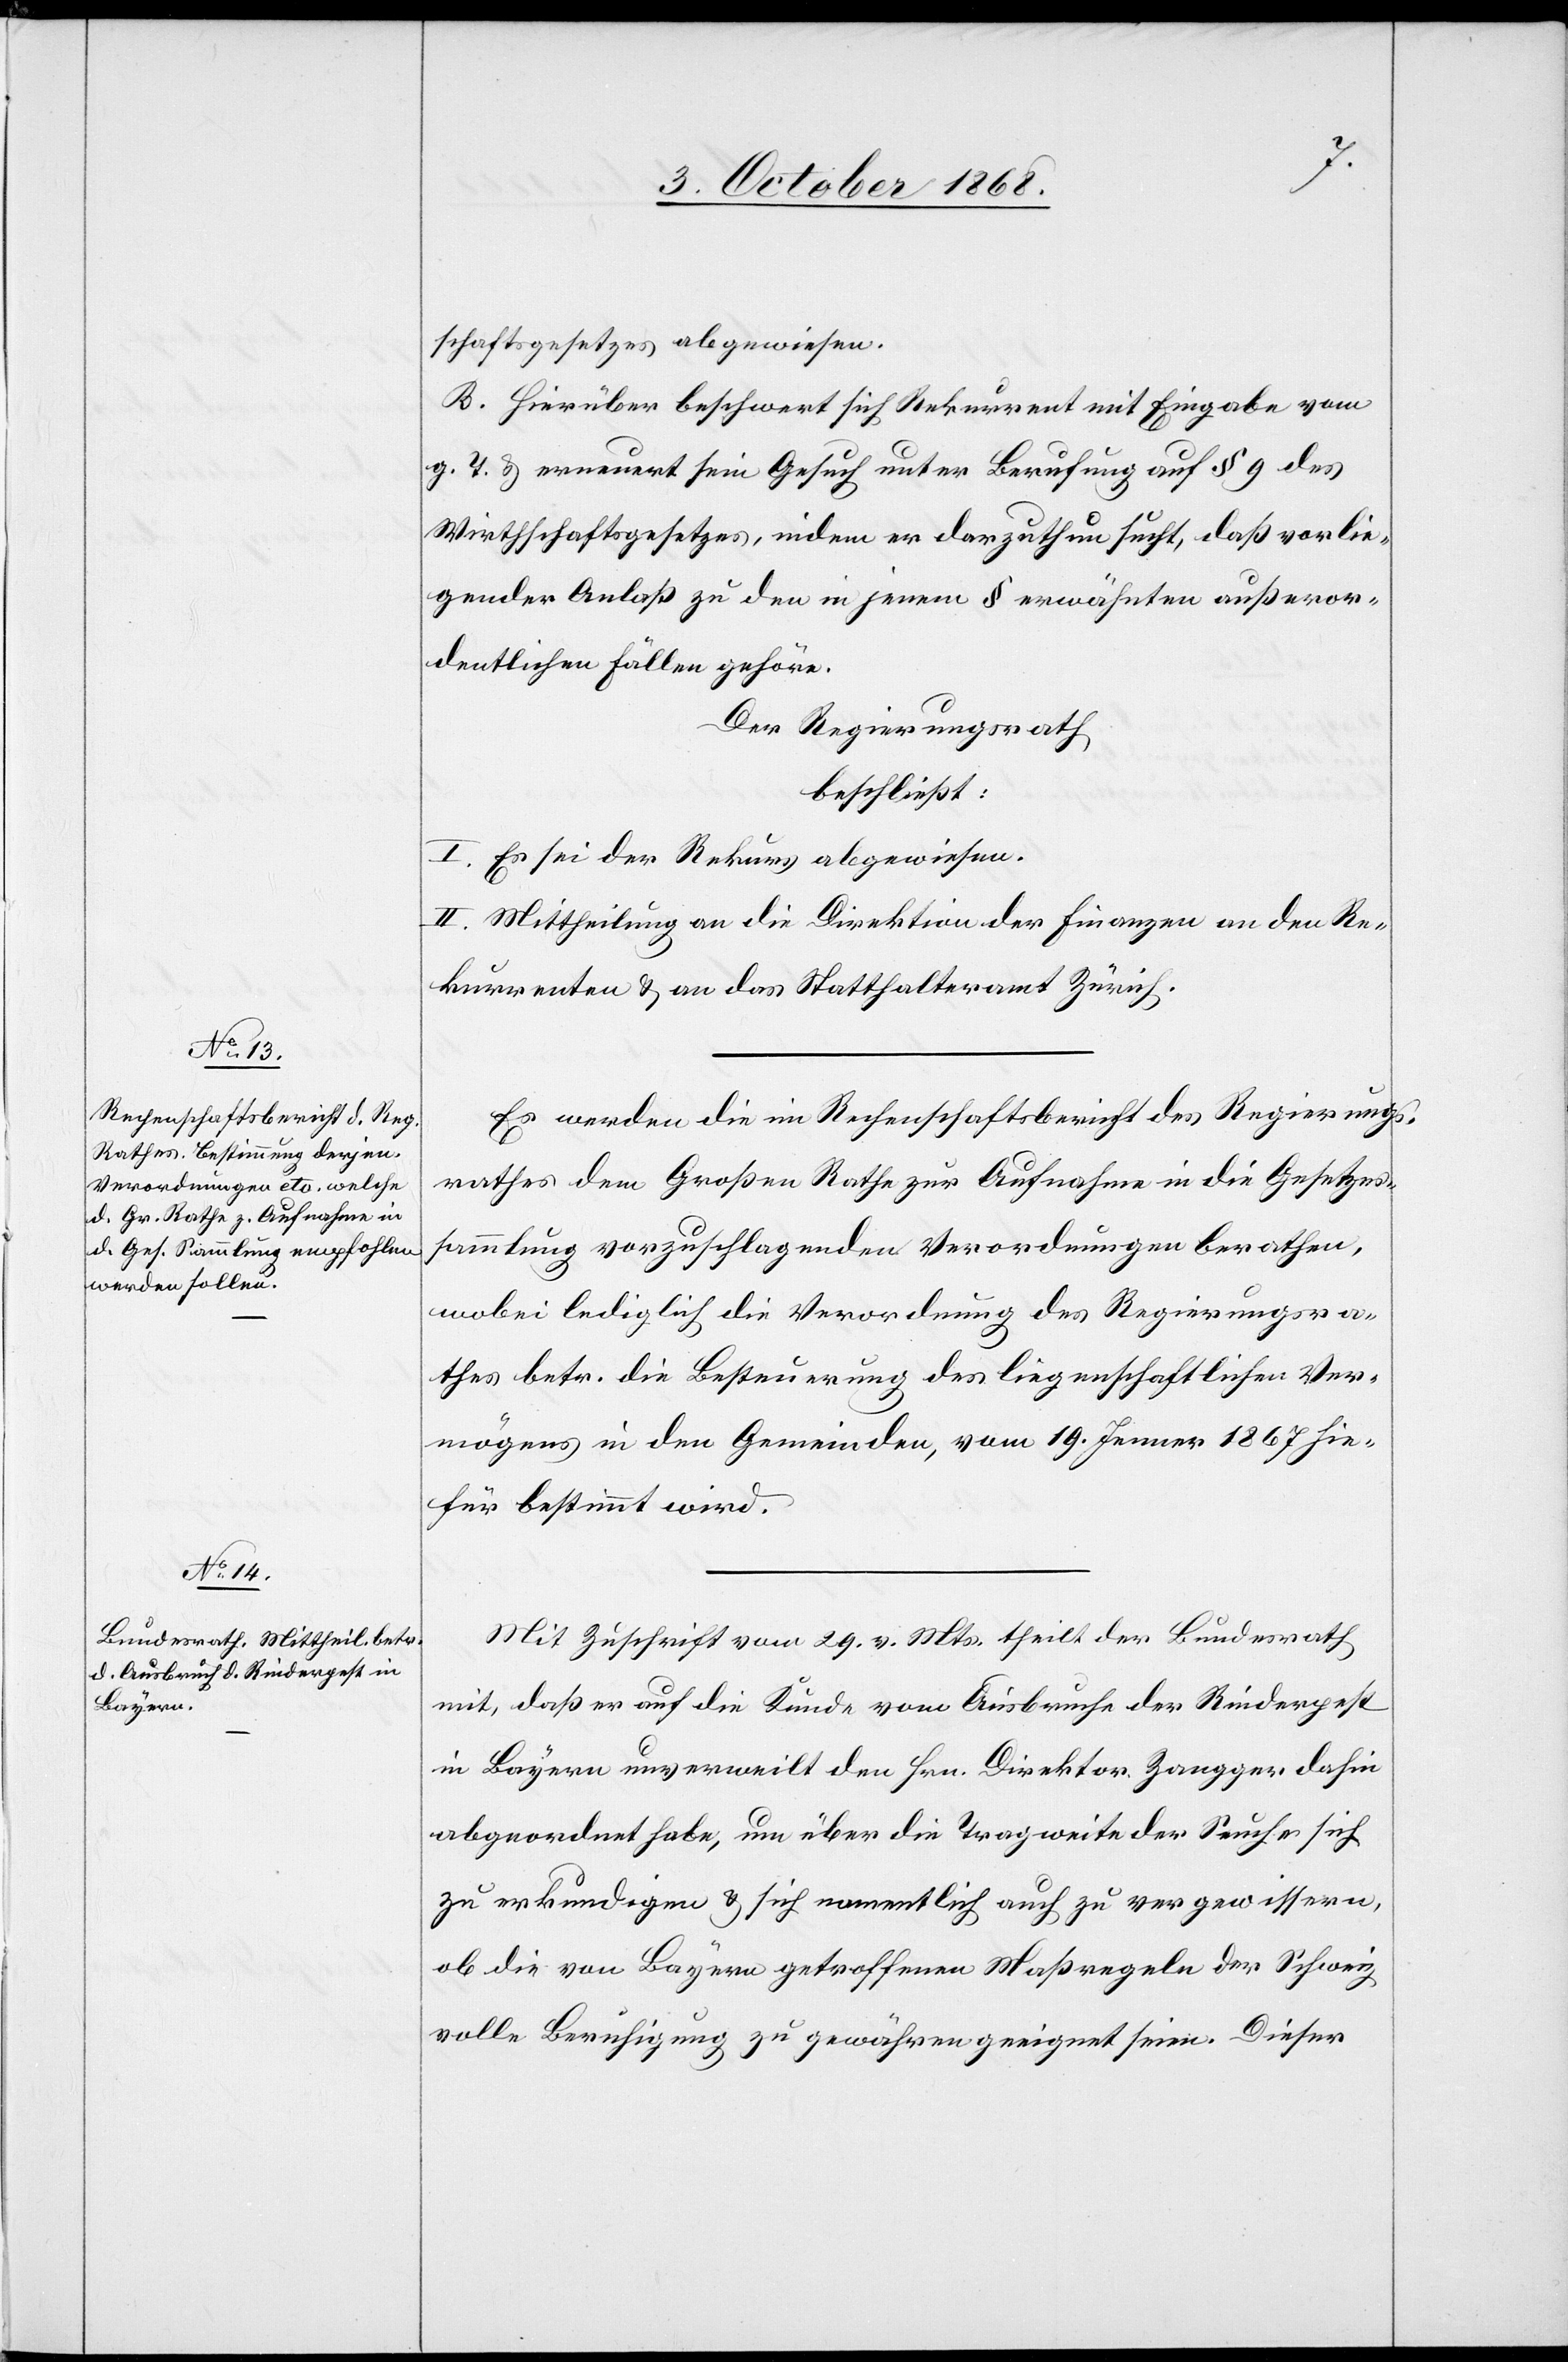
schaftsgesetzes abgewiesen.
B. Hierüber beschwert sich Rekurrent mit Eingabe vom
g. T. & erneuert sein Gesuch unter Berufung auf § 9 des
Wirthschaftsgesetzes, indem er darzuthun sucht, daß vorlie¬
gender Anlaß zu den in jenem § erwähnten außeror¬
dentlichen Fällen gehöre.
Der Regierungsrath
beschließt:
I. Es sei der Rekurs abgewiesen.
II. Mittheilung an die Direktion der Finanzen[,] an den Re¬
kurrenten & an das Statthalteramt Zürich.
Es werden die im Rechenschaftsbericht des Regierungs¬
rathes dem Großen Rathe zur Aufnahme in die Gesetzes¬
sammlung vorzuschlagenden Verordnungen berathen,
wobei lediglich die Verordnung des Regierungsra¬
thes betr. die Besteuerung des liegenschaftlichen Ver¬
mögens in den Gemeinden, vom 19. Jenner 1867 hie¬
für bestimmt wird.
Mit Zuschrift vom 29. v. Mts. theilt der Bundesrath
mit, daß er auf die Kunde vom Ausbruche der Rinderpest
in Bayern unverweilt den Hrn. Direktor Zangger dahin
abgeordnet habe, um über die Tragweite der Seuche sich
zu erkundigen & sich namentlich auch zu vergewissern,
ob die von Bayern getroffenen Maßregeln der Schweiz
volle Beruhigung zu gewähren geeignet seien. Dieser